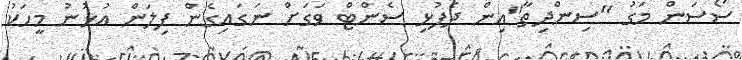
ސޯސަން މަގު "ސިންދިތާ"އިން ދެފުޅި ސެންޓް ވަގަށް ނަގައިގެން ފިލަން އުޅުނު މީހަކު